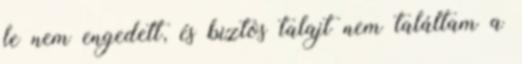
le nem engedett, és biztos talajt nem találtam a